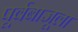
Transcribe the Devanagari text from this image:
पूर्वबाजूला